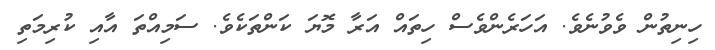
ހިނިތުން ވެވުނެވެ. އަހަރެންވެސް ހިތައް އަރާ މޮޔަ ކަންތަކެވެ. ސަމިއްތަ އާއި ކުރިމަތި